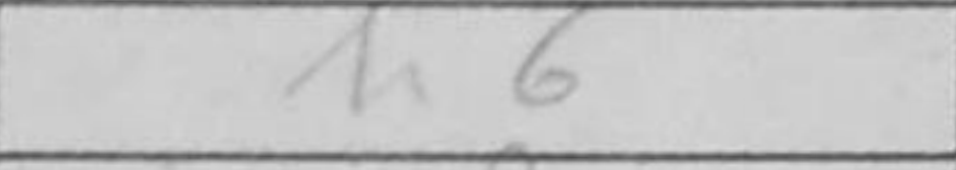
Transcription: h6